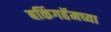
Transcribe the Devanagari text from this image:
बकिंगहॅमच्या